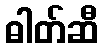
ဓါတ်ဆီ